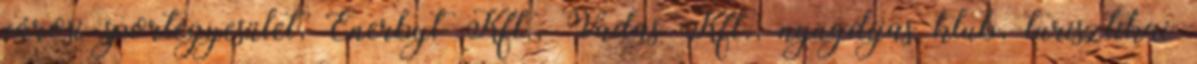
városi sportegyesület, Enerbyt Kft., Vadas Kft., nyugdíjas klub, turisztikai